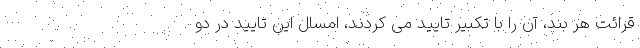
قرائت هر بند، آن را با تکبیر تایید می کردند، امسال این تایید در دو